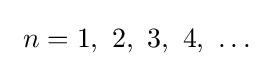
\ n=1,\ 2,\ 3,\ 4,\ \ldots \